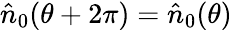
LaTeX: \hat{n}_{0}(\theta+2\pi)=\hat{n}_{0}(\theta)